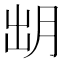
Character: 𣍧